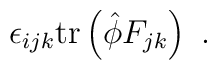
\epsilon_{ijk}  \mbox{tr} \left(  \hat{\phi} F_{jk} \right) \ .